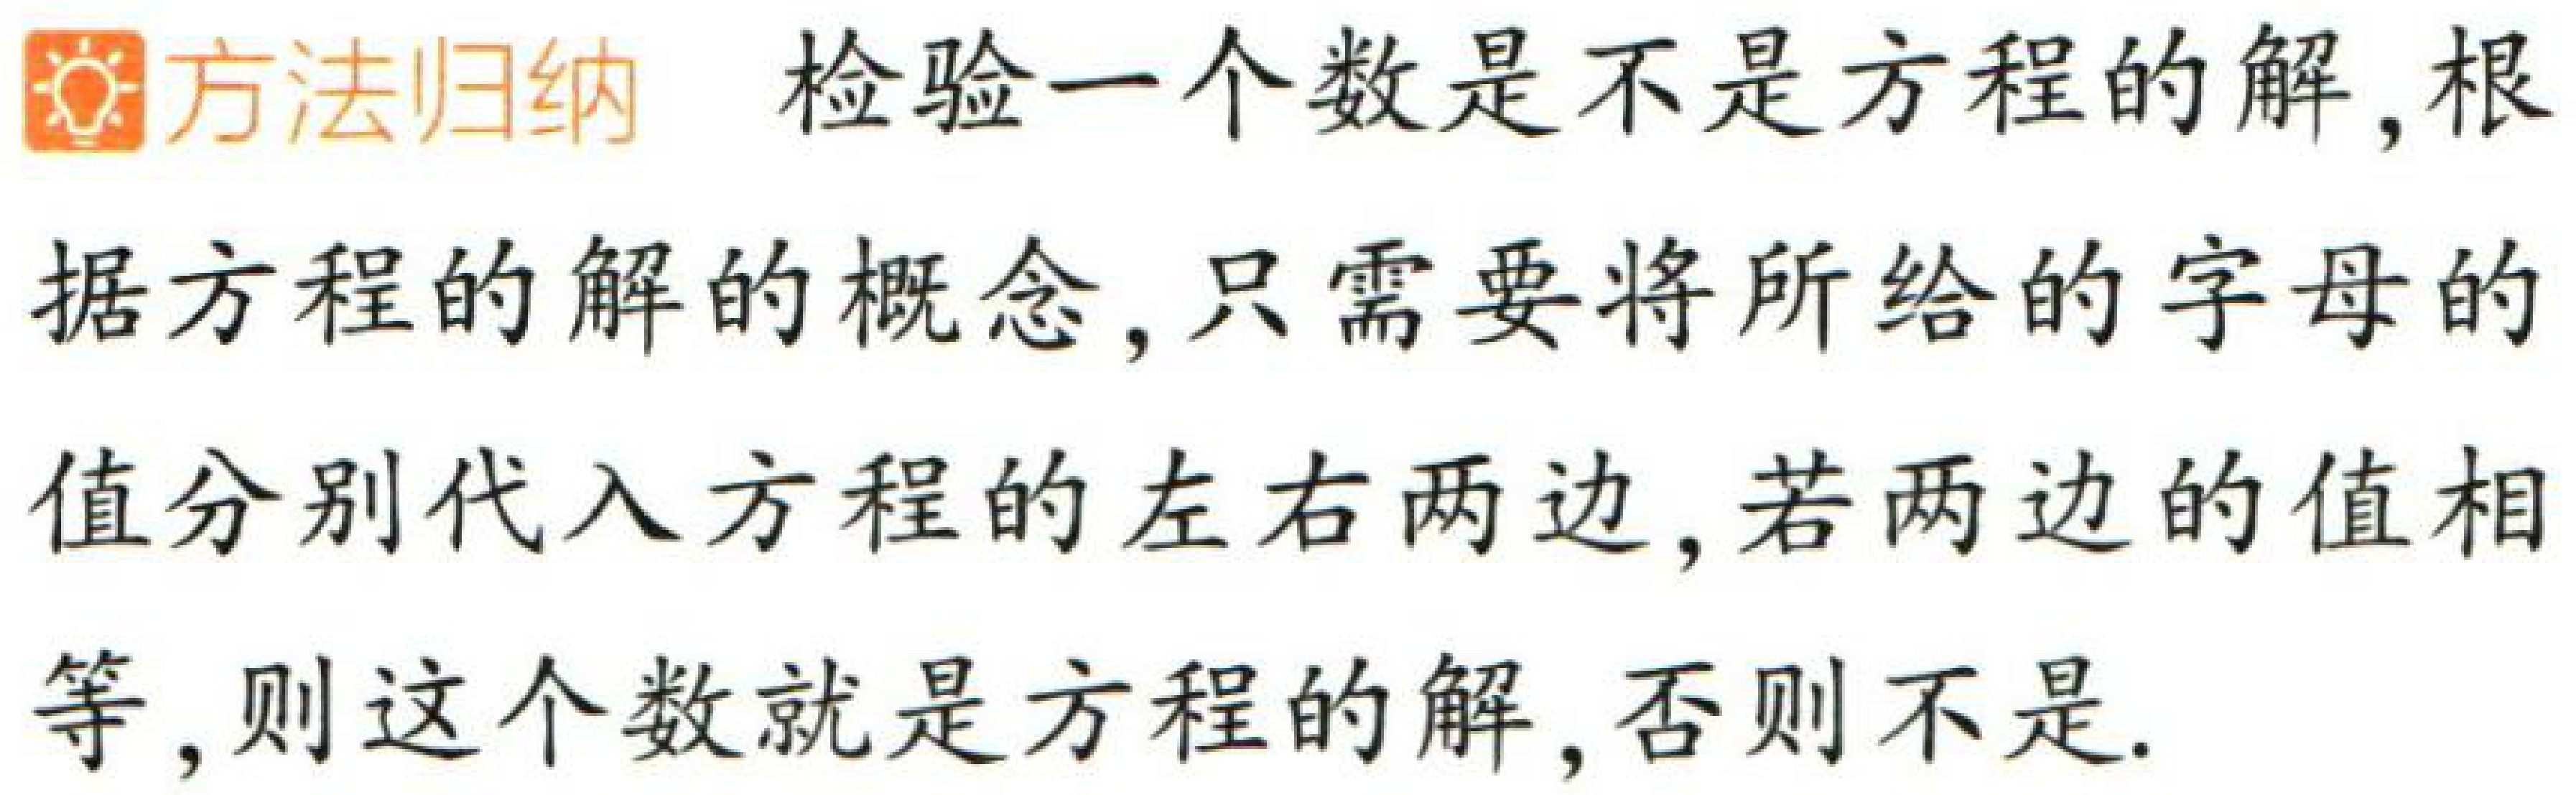
方法归纳 检验一个数是不是方程的解,根据方程的解的概念,只需要将所给的字母的值分别代入方程的左右两边,若两边的值相等,则这个数就是方程的解,否则不是.